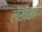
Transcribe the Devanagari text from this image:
लेखकोँ